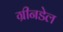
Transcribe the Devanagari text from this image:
ग्रीनडेल